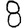
Digit: 8